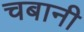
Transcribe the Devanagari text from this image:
चबानी